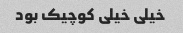
خیلی خیلی کوچیک بود